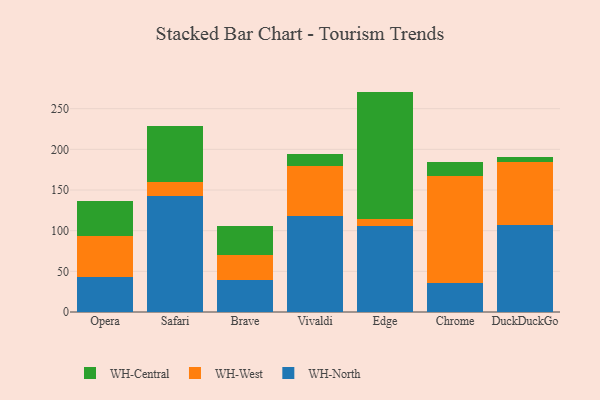
{"axis": {"x": "Browser", "y": "Inventory Turnover"}, "legend": ["WH-Central", "WH-North", "WH-West"], "data": [{"x": "Opera", "y": 42.9, "type": "WH-North"}, {"x": "Opera", "y": 50.1, "type": "WH-West"}, {"x": "Opera", "y": 43.4, "type": "WH-Central"}, {"x": "Safari", "y": 142.9, "type": "WH-North"}, {"x": "Safari", "y": 17.3, "type": "WH-West"}, {"x": "Safari", "y": 68.3, "type": "WH-Central"}, {"x": "Brave", "y": 39.8, "type": "WH-North"}, {"x": "Brave", "y": 30.6, "type": "WH-West"}, {"x": "Brave", "y": 35.7, "type": "WH-Central"}, {"x": "Vivaldi", "y": 118.6, "type": "WH-North"}, {"x": "Vivaldi", "y": 60.7, "type": "WH-West"}, {"x": "Vivaldi", "y": 15.0, "type": "WH-Central"}, {"x": "Edge", "y": 105.5, "type": "WH-North"}, {"x": "Edge", "y": 8.3, "type": "WH-West"}, {"x": "Edge", "y": 157.2, "type": "WH-Central"}, {"x": "Chrome", "y": 36.2, "type": "WH-North"}, {"x": "Chrome", "y": 131.6, "type": "WH-West"}, {"x": "Chrome", "y": 16.4, "type": "WH-Central"}, {"x": "DuckDuckGo", "y": 107.2, "type": "WH-North"}, {"x": "DuckDuckGo", "y": 77.4, "type": "WH-West"}, {"x": "DuckDuckGo", "y": 6.6, "type": "WH-Central"}]}